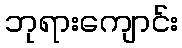
ဘုရားကျောင်း